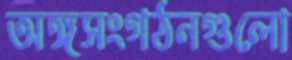
অঙ্গসংগঠনগুলো